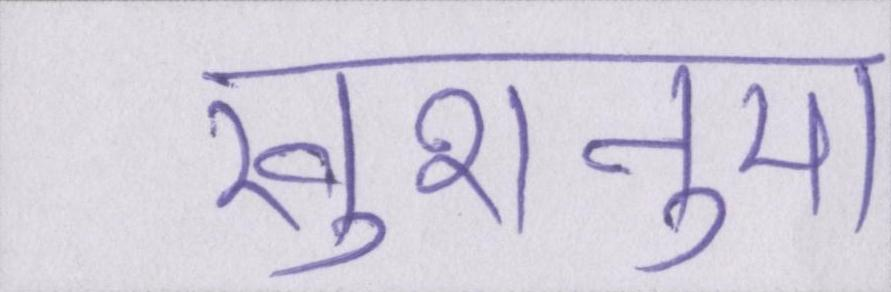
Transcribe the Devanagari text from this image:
खुशनुमा